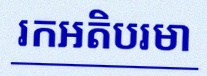
រកអតិបរមា